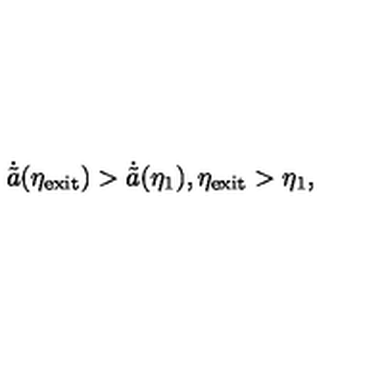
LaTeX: \dot { \tilde { a } } ( \eta _ { \mathrm { e x i t } } ) > \dot { \tilde { a } } ( \eta _ { 1 } ) , \eta _ { \mathrm { e x i t } } > \eta _ { 1 } ,